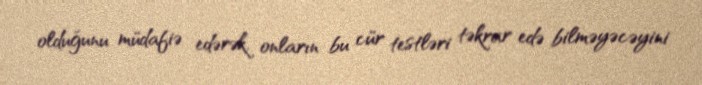
olduğunu müdafiə edərək, onların bu cür testləri təkrar edə bilməyəcəyini